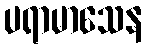
ပရာမာသေန